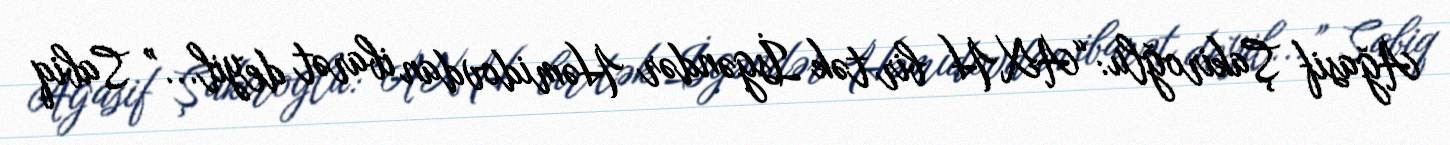
Ağasif Şakiroğlu: “AXH bir tək İsgəndər Həmidovdan ibarət deyil...” Sabiq